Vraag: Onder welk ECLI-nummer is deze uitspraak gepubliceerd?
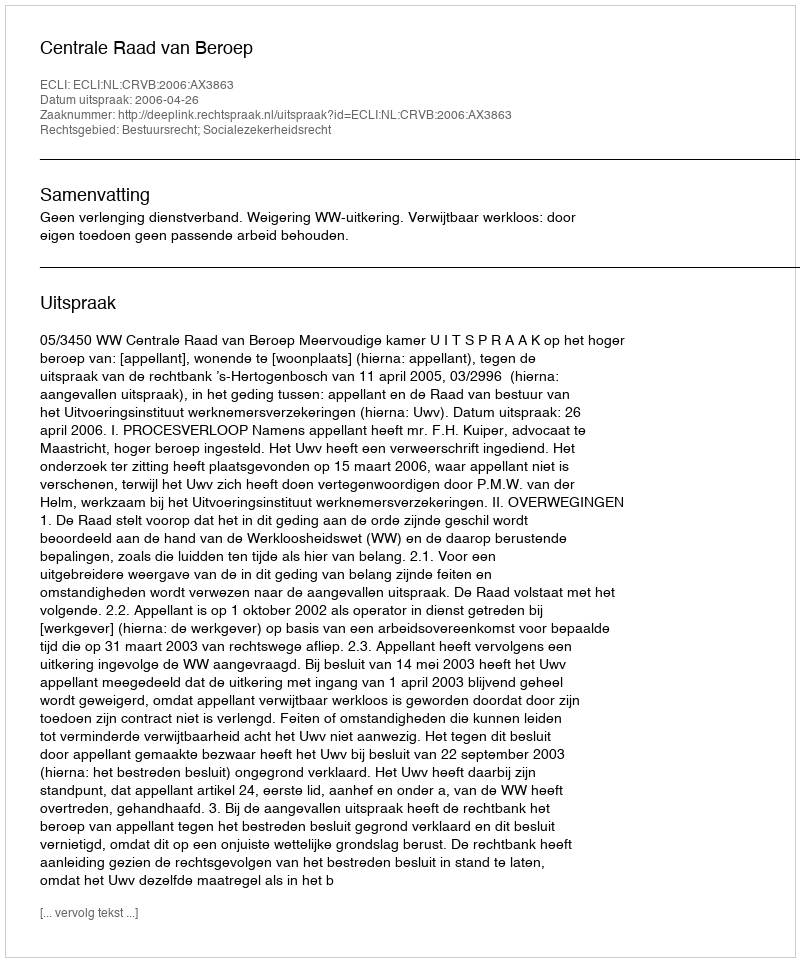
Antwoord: ECLI:NL:CRVB:2006:AX3863